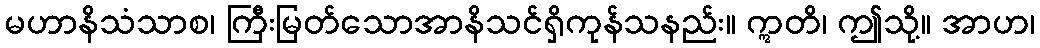
မဟာနိသံသာစ၊ ကြီးမြတ်သောအာနိသင်ရှိကုန်သနည်း။ ဣတိ၊ ဤသို့။ အာဟ၊